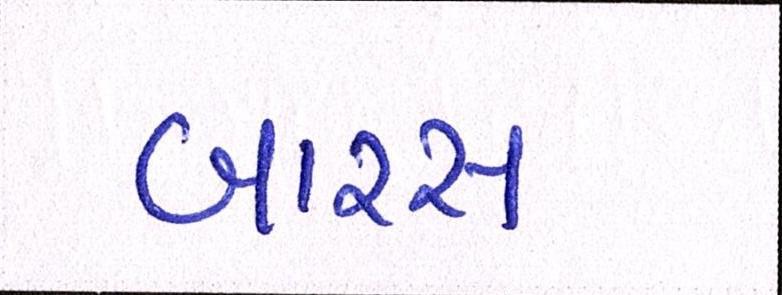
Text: બારસ